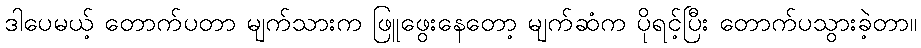
ဒါပေမယ့် တောက်ပတာ မျက်သားက ဖြူဖွေးနေတော့ မျက်ဆံက ပိုရင့်ပြီး တောက်ပသွားခဲ့တာ။